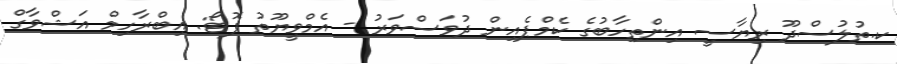
ކ.ތުލުސްދޫ ރިޔާސީ އިންތިހާބުގެ ކެމްޕެއިން ދުވަސްވަރު - އެމްވީޔޫތު ފޮޓޯ: އިބްރާހިމް އަޝްވާގް